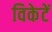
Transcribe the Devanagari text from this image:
विकेटें